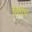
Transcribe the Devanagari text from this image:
तिघेच